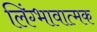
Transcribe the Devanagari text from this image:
लिंग्भावात्मक